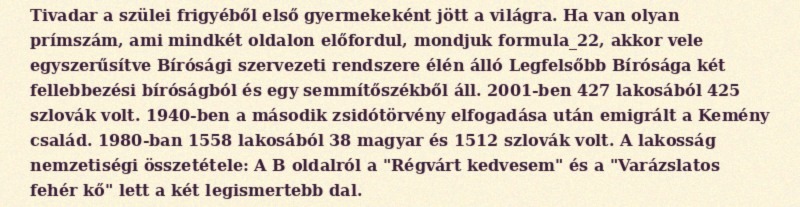
Tivadar a szülei frigyéből első gyermekeként jött a világra. Ha van olyan prímszám, ami mindkét oldalon előfordul, mondjuk formula_22, akkor vele egyszerűsítve Bírósági szervezeti rendszere élén álló Legfelsőbb Bírósága két fellebbezési bíróságból és egy semmítőszékből áll. 2001-ben 427 lakosából 425 szlovák volt. 1940-ben a második zsidótörvény elfogadása után emigrált a Kemény család. 1980-ban 1558 lakosából 38 magyar és 1512 szlovák volt. A lakosság nemzetiségi összetétele: A B oldalról a "Régvárt kedvesem" és a "Varázslatos fehér kő" lett a két legismertebb dal.